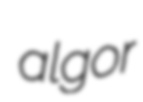
algor